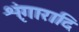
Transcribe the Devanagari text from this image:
शृंगारादि